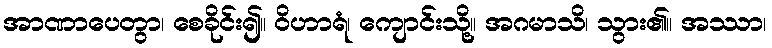
အာဏာပေတွာ၊ စေခိုင်း၍။ ဝိဟာရံ၊ ကျောင်းသို့။ အဂမာသိ၊ သွား၏။ အဿာ၊